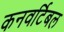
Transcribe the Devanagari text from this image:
कनवर्टिबल